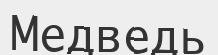
Медведь